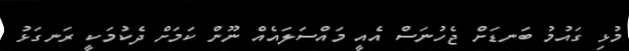
މުޅި ގައުމު ބަނޑަށް ޖެހުނަސް އެއީ މައްސަލައެއް ނޫން ކަމަށް ދެކުމަކީ ރަނގަޅު